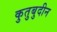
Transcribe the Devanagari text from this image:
कुतुबुदीन